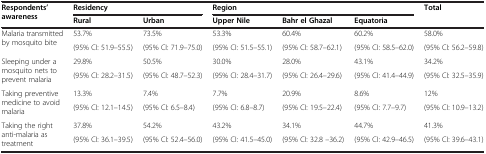
<table><thead><tr><td rowspan="2"><b>Respondents’ awareness</b></td><td colspan="2"><b>Residency</b></td><td colspan="3"><b>Region</b></td><td><b>Total</b></td></tr><tr><td><b>Rural</b></td><td><b>Urban</b></td><td><b>Upper Nile</b></td><td><b>Bahr el Ghazal</b></td><td><b>Equatoria</b></td><td><b> </b></td></tr></thead><tbody><tr><td rowspan="2">Malaria transmitted by mosquito bite</td><td>53.7%</td><td>73.5%</td><td>53.3%</td><td>60.4%</td><td>60.2%</td><td>58.0%</td></tr><tr><td>(95% CI: 51.9–55.5)</td><td>(95% CI: 71.9–75.0)</td><td>(95% CI: 51.5–55.1)</td><td>(95% CI: 58.7–62.1)</td><td>(95% CI: 58.5–62.0)</td><td>(95% CI: 56.2–59.8)</td></tr><tr><td rowspan="2">Sleeping under a mosquito nets to prevent malaria</td><td>29.8%</td><td>50.5%</td><td>30.0%</td><td>28.0%</td><td>43.1%</td><td>34.2%</td></tr><tr><td>(95% CI: 28.2–31.5)</td><td>(95% CI: 48.7–52.3)</td><td>(95% CI: 28.4–31.7)</td><td>(95% CI: 26.4–29.6)</td><td>(95% CI: 41.4–44.9)</td><td>(95% CI: 32.5–35.9)</td></tr><tr><td rowspan="2">Taking preventive medicine to avoid malaria</td><td>13.3%</td><td>7.4%</td><td>7.7%</td><td>20.9%</td><td>8.6%</td><td>12%</td></tr><tr><td>(95% CI: 12.1–14.5)</td><td>(95% CI: 6.5–8.4)</td><td>(95% CI: 6.8–8.7)</td><td>(95% CI: 19.5–22.4)</td><td>(95% CI: 7.7–9.7)</td><td>(95% CI: 10.9–13.2)</td></tr><tr><td rowspan="2">Taking the right anti-malaria as treatment</td><td>37.8%</td><td>54.2%</td><td>43.2%</td><td>34.1%</td><td>44.7%</td><td>41.3%</td></tr><tr><td>(95% CI: 36.1–39.5)</td><td>(95% CI: 52.4–56.0)</td><td>(95% CI: 41.5–45.0)</td><td>(95% CI: 32.8 –36.2)</td><td>(95% CI: 42.9–46.5)</td><td>(95% CI: 39.6–43.1)</td></tr></tbody></table>